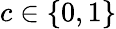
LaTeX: c\in\{ 0,1\}